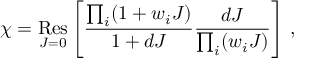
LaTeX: \chi = \mathop { \mathrm { R e s } } _ { J = 0 } \left[ \frac { \prod _ { i } ( 1 + w _ { i } J ) } { 1 + d J } \frac { d J } { \prod _ { i } ( w _ { i } J ) } \right] \, ,